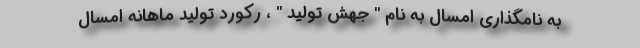
به نامگذاری امسال به نام " جهش تولید " ، رکورد تولید ماهانه امسال